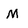
Character: M